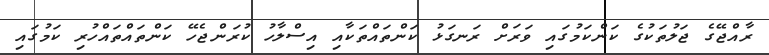
ރާއްޖޭގެ ޖަލުތަކުގެ ކަންކަމުގައި ވަރަށް ރަނގަޅު ކަންތައްތަކާއި އިސްލާހު ކުރަންޖެހޭ ކަންތައްތައްހުރި ކަމުގައި